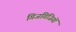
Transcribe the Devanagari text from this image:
गिजगिजियों